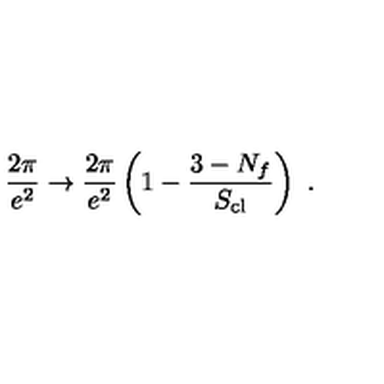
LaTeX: \frac { 2 \pi } { e ^ { 2 } } \rightarrow \frac { 2 \pi } { e ^ { 2 } } \left( 1 - \frac { 3 - N _ { f } } { S _ { \mathrm { c l } } } \right) \ .